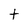
Character: t